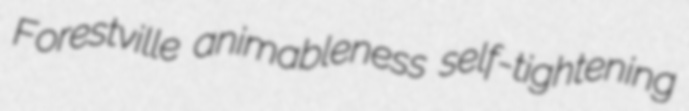
Forestville animableness self-tightening